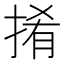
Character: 𢯎